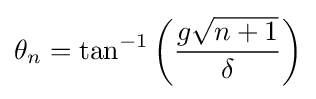
\theta _{n}=\tan ^{-1}\left({\frac {g{\sqrt {n+1}}}{\delta }}\right)